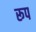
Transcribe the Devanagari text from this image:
रूप